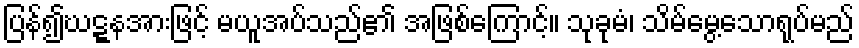
ပြန်၍ဃဋ္ဋနအားဖြင့် မယူအပ်သည်၏ အဖြစ်ကြောင့်။ သုခုမံ၊ သိမ်မွေ့သောရုပ်မည်